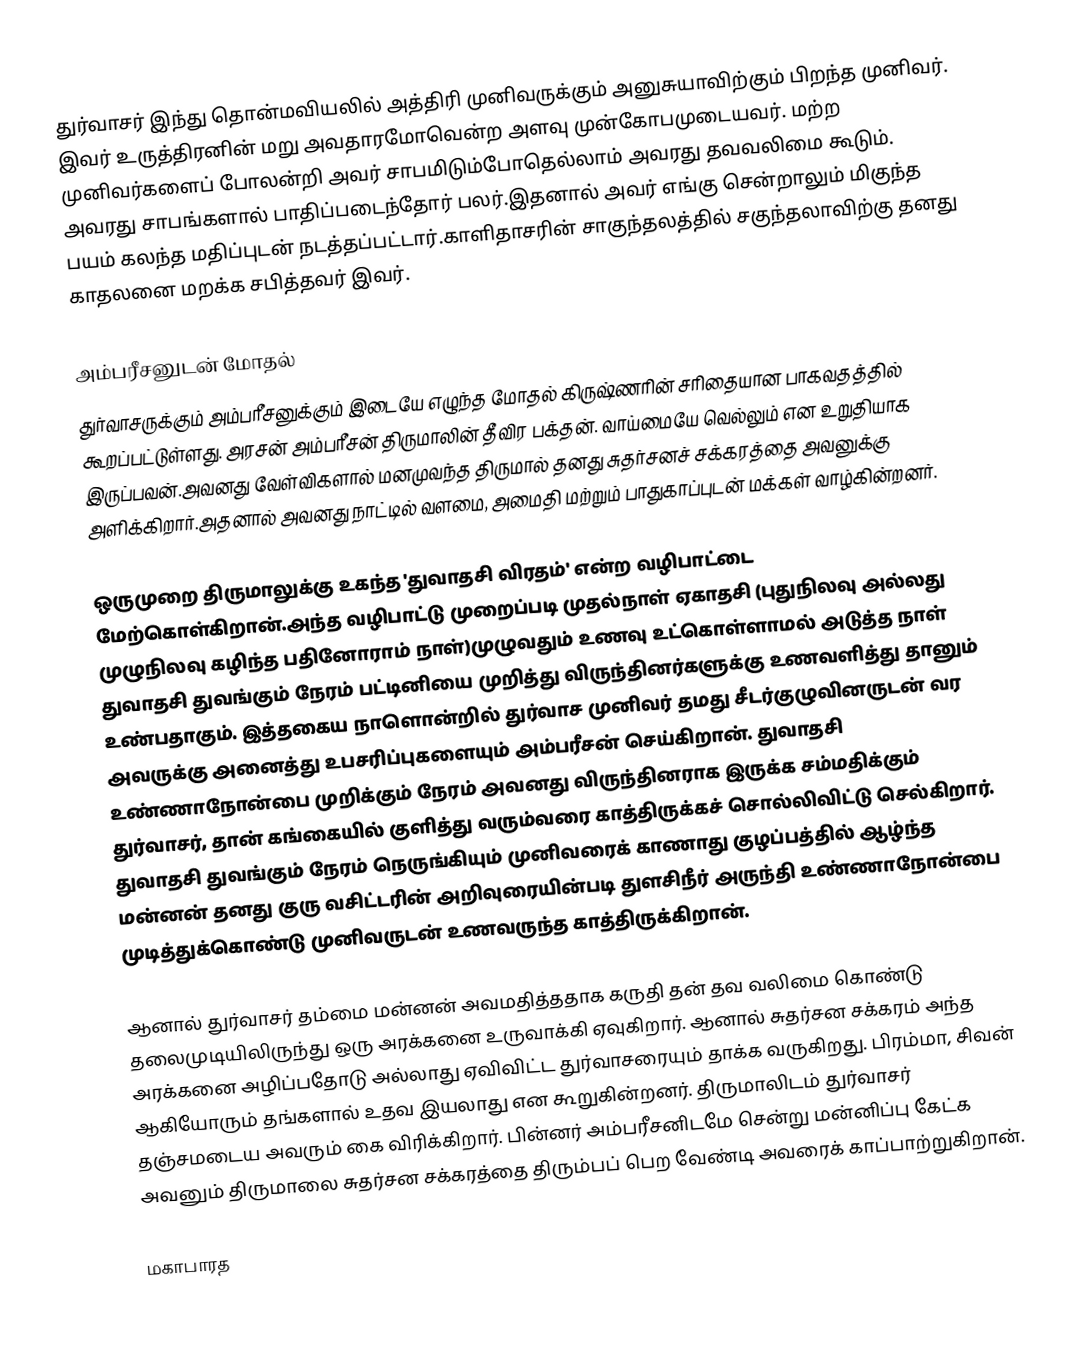
துர்வாசர் இந்து தொன்மவியலில் அத்திரி முனிவருக்கும் அனுசுயாவிற்கும் பிறந்த முனிவர். இவர் உருத்திரனின் மறு அவதாரமோவென்ற  அளவு முன்கோபமுடையவர். மற்ற முனிவர்களைப் போலன்றி அவர் சாபமிடும்போதெல்லாம் அவரது தவவலிமை கூடும். அவரது சாபங்களால் பாதிப்படைந்தோர் பலர்.இதனால் அவர் எங்கு சென்றாலும் மிகுந்த பயம் கலந்த மதிப்புடன் நடத்தப்பட்டார்.காளிதாசரின் சாகுந்தலத்தில் சகுந்தலாவிற்கு தனது காதலனை மறக்க சபித்தவர் இவர்.

அம்பரீசனுடன் மோதல்
துர்வாசருக்கும் அம்பரீசனுக்கும் இடையே எழுந்த மோதல் கிருஷ்ணரின் சரிதையான பாகவதத்தில் கூறப்பட்டுள்ளது. அரசன் அம்பரீசன் திருமாலின் தீவிர பக்தன். வாய்மையே வெல்லும் என உறுதியாக இருப்பவன்.அவனது வேள்விகளால் மனமுவந்த திருமால் தனது சுதர்சனச் சக்கரத்தை அவனுக்கு அளிக்கிறார்.அதனால் அவனது நாட்டில் வளமை, அமைதி மற்றும் பாதுகாப்புடன் மக்கள் வாழ்கின்றனர்.

ஒருமுறை திருமாலுக்கு உகந்த 'துவாதசி விரதம்' என்ற வழிபாட்டை மேற்கொள்கிறான்.அந்த வழிபாட்டு முறைப்படி முதல்நாள் ஏகாதசி (புதுநிலவு அல்லது முழுநிலவு கழிந்த பதினோராம் நாள்)முழுவதும் உணவு உட்கொள்ளாமல் அடுத்த நாள் துவாதசி துவங்கும் நேரம் பட்டினியை முறித்து விருந்தினர்களுக்கு உணவளித்து தானும் உண்பதாகும். இத்தகைய நாளொன்றில் துர்வாச முனிவர் தமது சீடர்குழுவினருடன் வர அவருக்கு அனைத்து உபசரிப்புகளையும் அம்பரீசன் செய்கிறான். துவாதசி உண்ணாநோன்பை முறிக்கும் நேரம் அவனது விருந்தினராக இருக்க சம்மதிக்கும் துர்வாசர், தான் கங்கையில் குளித்து வரும்வரை காத்திருக்கச் சொல்லிவிட்டு செல்கிறார். துவாதசி துவங்கும் நேரம் நெருங்கியும் முனிவரைக் காணாது குழப்பத்தில் ஆழ்ந்த மன்னன் தனது குரு வசிட்டரின் அறிவுரையின்படி துளசிநீர் அருந்தி உண்ணாநோன்பை முடித்துக்கொண்டு முனிவருடன் உணவருந்த காத்திருக்கிறான்.

ஆனால் துர்வாசர் தம்மை மன்னன் அவமதித்ததாக கருதி தன் தவ வலிமை கொண்டு தலைமுடியிலிருந்து ஒரு அரக்கனை உருவாக்கி ஏவுகிறார். ஆனால் சுதர்சன சக்கரம் அந்த அரக்கனை அழிப்பதோடு அல்லாது ஏவிவிட்ட துர்வாசரையும் தாக்க வருகிறது. பிரம்மா, சிவன் ஆகியோரும் தங்களால் உதவ இயலாது என கூறுகின்றனர். திருமாலிடம் துர்வாசர் தஞ்சமடைய அவரும் கை விரிக்கிறார். பின்னர் அம்பரீசனிடமே சென்று மன்னிப்பு கேட்க அவனும் திருமாலை சுதர்சன சக்கரத்தை திரும்பப் பெற வேண்டி அவரைக் காப்பாற்றுகிறான்.

மகாபாரத